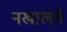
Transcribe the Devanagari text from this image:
नखालये